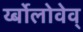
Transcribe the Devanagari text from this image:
र्य्बोलोवेव्